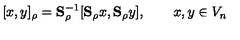
[ x , y ] _ { \rho } = \mathbf { S } _ { \rho } ^ { - 1 } [ \mathbf { S } _ { \rho } x , \mathbf { S } _ { \rho } y ] , \qquad x , y \in V _ { n }